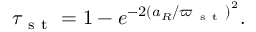
\tau _ { \mathrm { ~ s ~ t ~ } } = 1 - e ^ { - 2 \left( a _ { R } / \varpi _ { \mathrm { ~ s ~ t ~ } } \right) ^ { 2 } } .